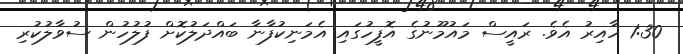
1:30 ހާއިރު އެވެ. ރައީސް މައުމޫނުގެ އޮފީހުގައި އެމަނިކުފާނާ ބައްދަލުކޮށް ފުލުހުން ސުވާލުކުރި